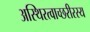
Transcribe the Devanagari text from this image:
अस्थिरत्वाच्छरीरस्य